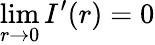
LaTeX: \operatorname*{lim}_{r\to 0}I^{\prime}(r)=0